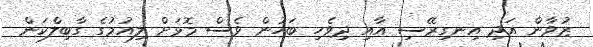
ޒުވާން އަދި އިނގިރޭސި އާއި ދިވެހި ބަހުން ވެސް މޮޅަށް ލިއުމުގެ ގާބިލްކަން